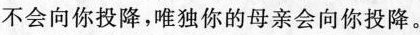
不会向你投降，唯独你的母亲会向你投降。